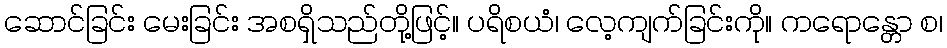
ဆောင်ခြင်း မေးခြင်း အစရှိသည်တို့ဖြင့်။ ပရိစယံ၊ လေ့ကျက်ခြင်းကို။ ကရောန္တော စ၊